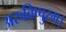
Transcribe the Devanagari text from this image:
अरुविप्पुरम।